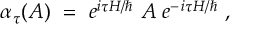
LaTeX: \alpha _ { \tau } ( A ) \ = \ e ^ { i \tau H / \hbar } \ A \; e ^ { - \, i \tau H / \hbar } \ ,